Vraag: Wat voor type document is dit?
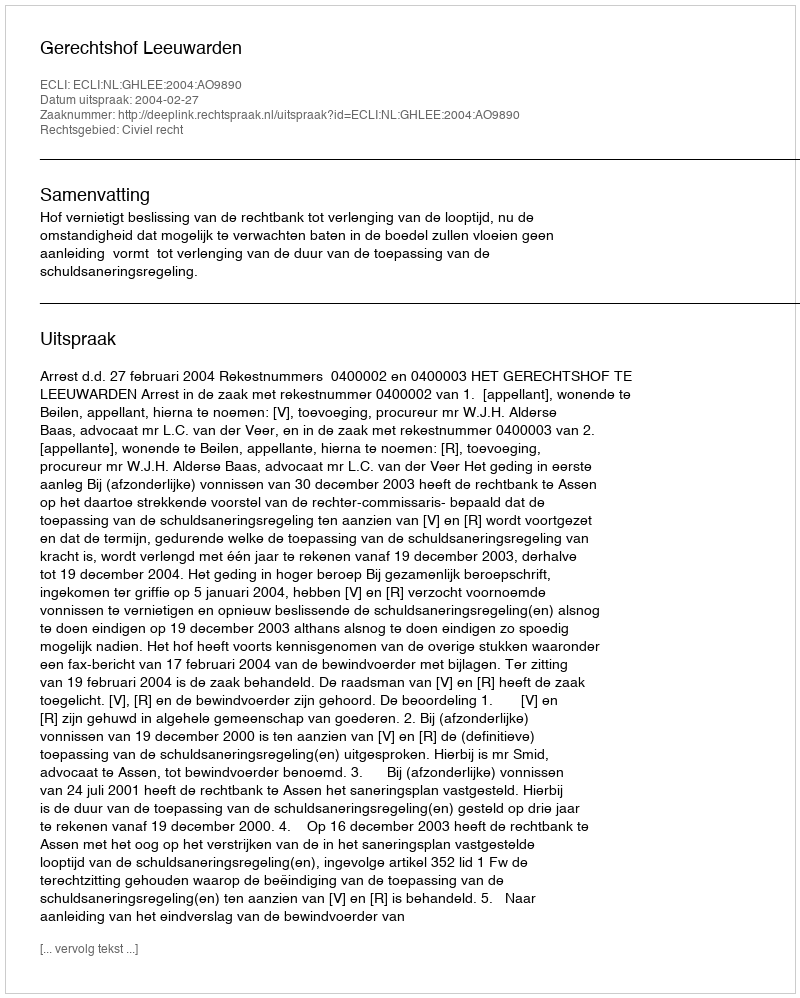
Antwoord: Uitspraak